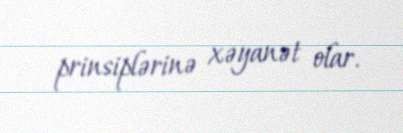
prinsiplərinə xəyanət olar.